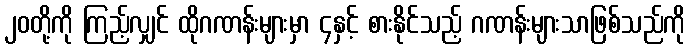
၂၀တို့ကို ကြည့်လျှင် ထိုဂဏန်းများမှာ ၄နှင့် စားနိုင်သည့် ဂဏန်းများသာဖြစ်သည်ကို